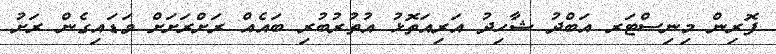
ފޮރިން މިނިސްޓަރ އަބްދު ޝާހިދު އަރިއަތޮޅު އުތުރުބުރި ބައެއް ރަށްރަށަށް ވަޑައިގެން ރަށު